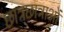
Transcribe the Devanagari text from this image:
छात्रछात्राओं